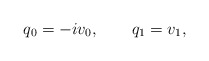
\begin{align*}q_0 = -i v_0, \qquad q_1 = v_1, \end{align*}